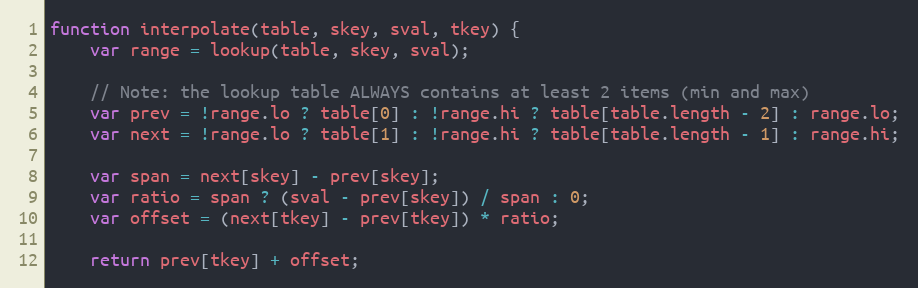
Language: JavaScript
function interpolate(table, skey, sval, tkey) {
	var range = lookup(table, skey, sval);

	// Note: the lookup table ALWAYS contains at least 2 items (min and max)
	var prev = !range.lo ? table[0] : !range.hi ? table[table.length - 2] : range.lo;
	var next = !range.lo ? table[1] : !range.hi ? table[table.length - 1] : range.hi;

	var span = next[skey] - prev[skey];
	var ratio = span ? (sval - prev[skey]) / span : 0;
	var offset = (next[tkey] - prev[tkey]) * ratio;

	return prev[tkey] + offset;